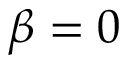
\beta = 0